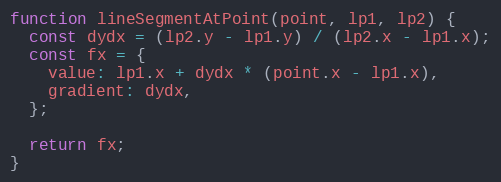
Language: JavaScript
function lineSegmentAtPoint(point, lp1, lp2) {
  const dydx = (lp2.y - lp1.y) / (lp2.x - lp1.x);
  const fx = {
    value: lp1.x + dydx * (point.x - lp1.x),
    gradient: dydx,
  };

  return fx;
}